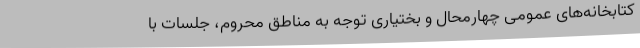
کتابخانه‌های عمومی چهارمحال و بختیاری توجه به مناطق محروم، جلسات با